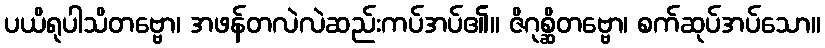
ပယိရုပါသိတဗ္ဗော၊ အဖန်တလဲလဲဆည်းကပ်အပ်၏။ ဇိဂုစ္ဆိတဗ္ဗော၊ စက်ဆုပ်အပ်သော။